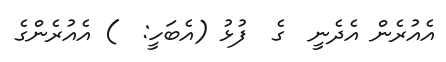
އެއުރެން އެދެނީ  ގެ  ފުޅު (އެބަހީ:  ) އެއުރެންގެ